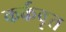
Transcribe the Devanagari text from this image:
कर्कवृत